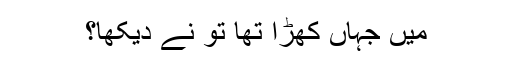
میں جہاں کھڑا تھا تو نے دیکھا؟